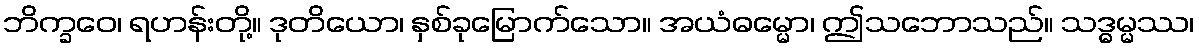
ဘိက္ခဝေ၊ ရဟန်းတို့။ ဒုတိယော၊ နှစ်ခုမြောက်သော။ အယံဓမ္မော၊ ဤသဘောသည်။ သဒ္ဓမ္မဿ၊